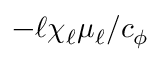
- \ell \chi _ { \ell } \mu _ { \ell } / c _ { \phi }